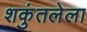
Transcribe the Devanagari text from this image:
शकुंतलेला